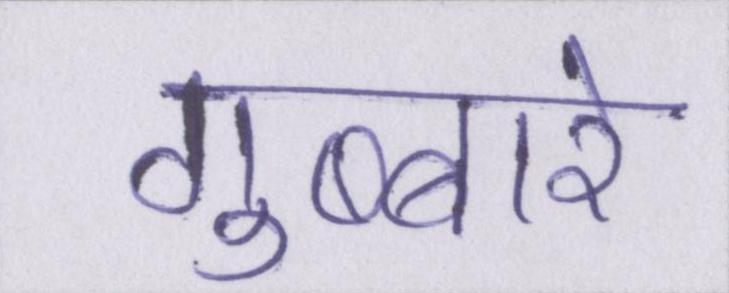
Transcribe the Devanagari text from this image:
गुब्बारे